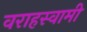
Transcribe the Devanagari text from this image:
वराहस्‍वामी